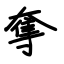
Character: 奪